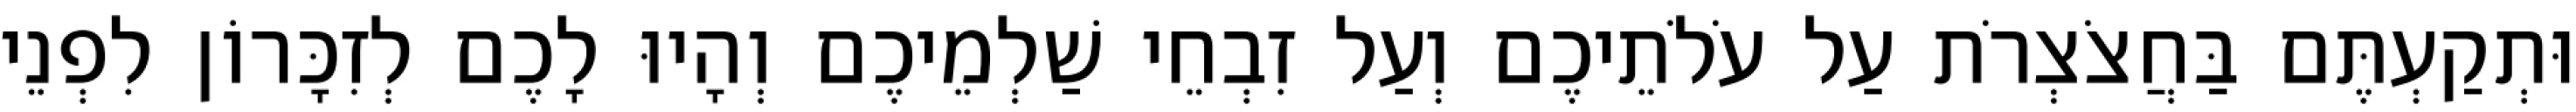
וּתְקַעְתֶּם בַּחֲצֹצְרֹת עַל עֹלֹתֵיכֶם וְעַל זִבְחֵי שַׁלְמֵיכֶם וְהָיוּ לָכֶם לְזִכָּרוֹן לִפְנֵי